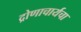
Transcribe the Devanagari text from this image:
द्रोणाचार्यचा